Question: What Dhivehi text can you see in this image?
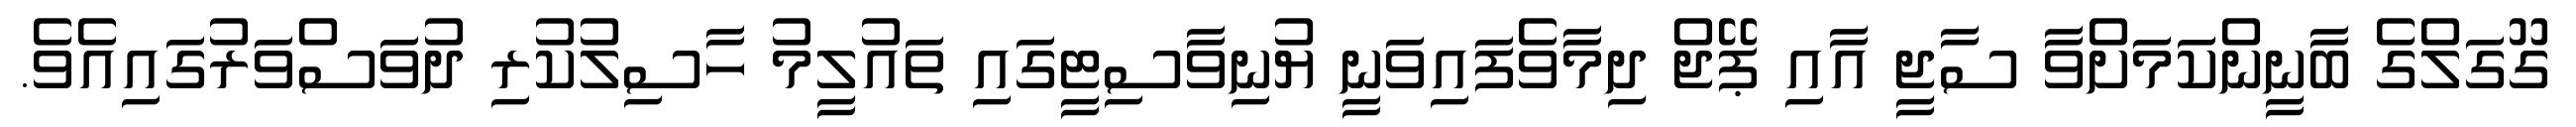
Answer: ގޫގަލްގެ ބާނީންކަމަށްވާ ސާޖީ އާއި ޕޭޖް ދިމާވެފައިވަނީ ޔުނިވާސިޓީގައި ތައުލީމު ހާސިލުކުރި ދުވަސްވަރުގައިއެވެ.